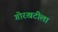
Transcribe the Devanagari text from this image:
गोरखटीला